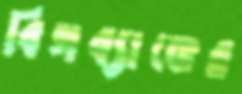
বিগব্যাঙের